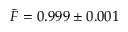
\bar { F } = 0 . 9 9 9 \pm 0 . 0 0 1